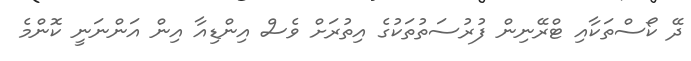
ދޭ ކޯސްތަކާއި ޓްރޭނިން ފުރުސަތުތަކުގެ އިތުރަށް ވެސް އިންޑިއާ އިން އަންނަނީ ކޮންމެ